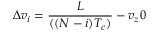
\Delta v _ { i } = \frac { L } { ( ( N - i ) T _ { c } ) } - v _ { z } 0